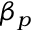
\beta _ { p }